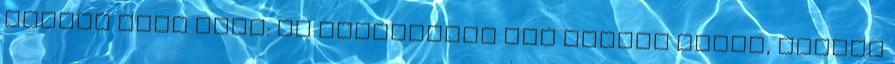
Válasz erre eMeL: ha Gyurcsányt nem verték agyon, Orbánt